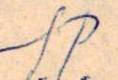
S.P.